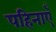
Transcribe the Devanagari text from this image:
पहिनाएँ